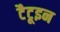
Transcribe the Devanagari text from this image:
टैटूइन